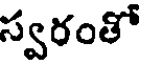
స్వరంతో